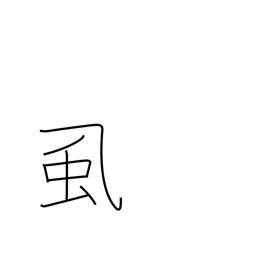
Meaning: lice